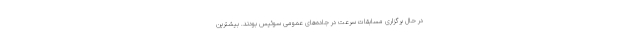
در حال برگزاری مسابقات سرعت در جاده‌های عمومی سوئيس بودند. بیشترین